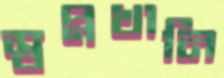
স্বপ্নখানি